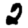
Digit: 2